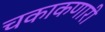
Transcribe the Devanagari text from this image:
चकाकणारी